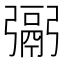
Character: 䰜